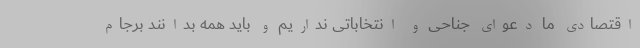
اقتصادی ما دعوای جناحی و انتخاباتی نداریم و باید همه بدانند برجام